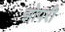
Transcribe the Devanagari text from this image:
झोपरी